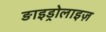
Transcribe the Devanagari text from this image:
ङाइड्रोलाइज़